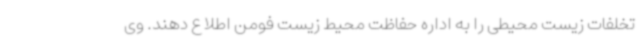
تخلفات زیست محیطی را به اداره حفاظت محیط زیست فومن اطلاع دهند. وی